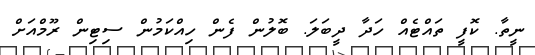
ނީތާ. ކޮފީ ތައްޓެއް ހަދާ ދީބަލަ. ބޮލުން ފެން ހިއްކަމުން ސިޓިން ރޫމްއަށް